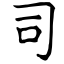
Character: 司